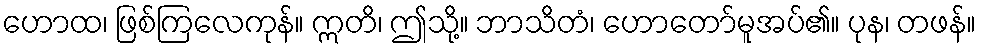
ဟောထ၊ ဖြစ်ကြလေကုန်။ ဣတိ၊ ဤသို့။ ဘာသိတံ၊ ဟောတော်မူအပ်၏။ ပုန၊ တဖန်။